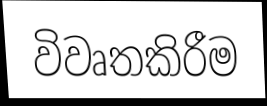
විවෘතකිරීම